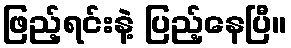
ဖြည့်ရင်းနဲ့ ပြည့်နေပြီ။